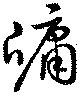
牖